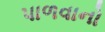
પાળવાનો